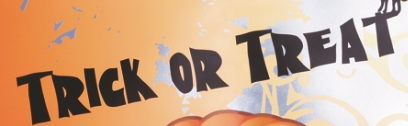
TRICK OR TREAT